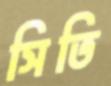
সিতি